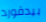
بيدفورد